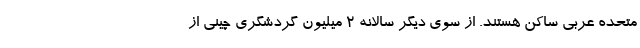
متحده عربی ساکن هستند. از سوی دیگر سالانه 2 میلیون گردشگری چینی از